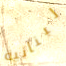
لبنانية